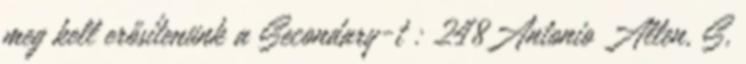
meg kell erősítenünk a Secondary-t : 248Antonio Allen, S,